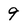
Character: 9